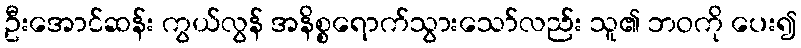
ဦးအောင်ဆန်း ကွယ်လွန် အနိစ္စရောက်သွားသော်လည်း သူ၏ ဘဝကို ပေး၍